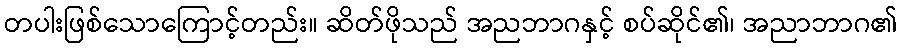
တပါးဖြစ်သောကြောင့်တည်း။ ဆိတ်ဖိုသည် အညဘာဂနှင့် စပ်ဆိုင်၏၊ အညာဘာဂ၏